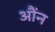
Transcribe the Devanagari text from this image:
औंन